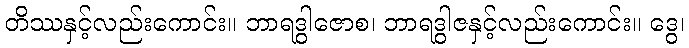
တိဿနှင့်လည်းကောင်း။ ဘာရဒွါဇောစ၊ ဘာရဒွါဇနှင့်လည်းကောင်း။ ဒွေ၊